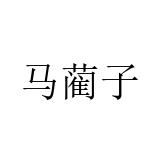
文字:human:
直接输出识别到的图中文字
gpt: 马蔺子